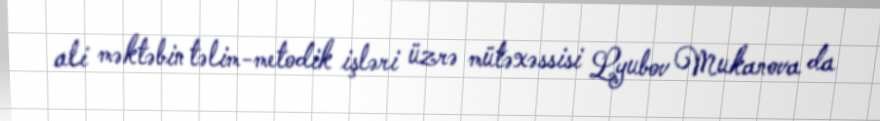
ali məktəbin təlim-metodik işləri üzrə mütəxəssisi Lyubov Mukanova da